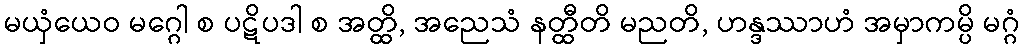
မယှံယေဝ မဂ္ဂေါ စ ပဋိပဒါ စ အတ္ထိ, အညေသံ နတ္ထီတိ မညတိ, ဟန္ဒဿာဟံ အမှာကမ္ပိ မဂ္ဂံ